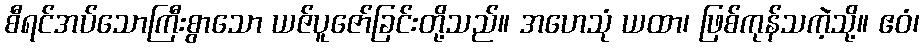
စီရင်အပ်သောကြီးစွာသော ယဇ်ပူဇော်ခြင်းတို့သည်။ အဟေသုံ ယထာ၊ ဖြစ်ကုန်သကဲ့သို့။ ဧဝံ၊